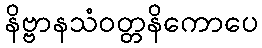
နိဗ္ဗာနသံဝတ္တနိကောပေ